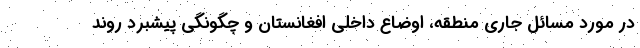
در مورد مسائل جاری منطقه، اوضاع داخلی افغانستان و چگونگی پیشبرد روند